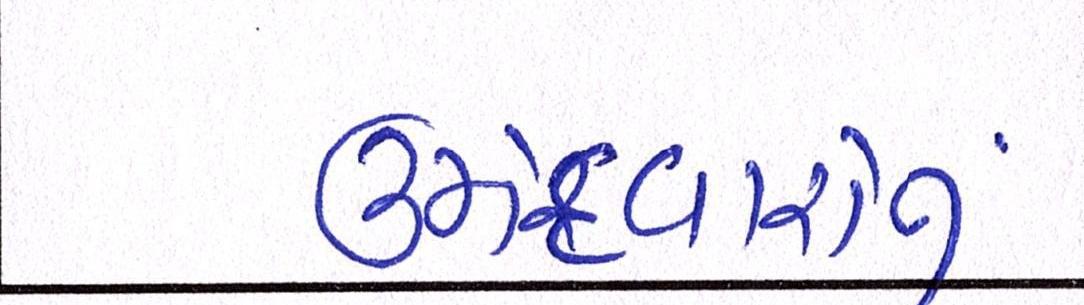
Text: ઉમેદવારોનું